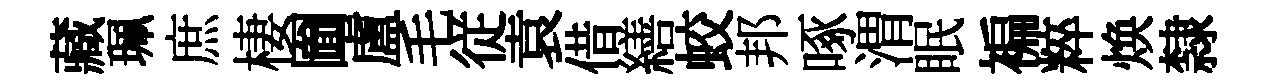
藏珮庶棲圗盧毛従袁借繕蛟邦啄渭眠褊粹焕隸